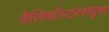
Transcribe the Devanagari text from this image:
हेलिकॉप्टरसदृश